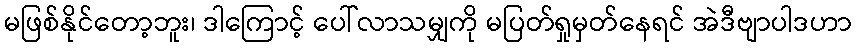
မဖြစ်နိုင်တော့ဘူး၊ ဒါကြောင့် ပေါ်လာသမျှကို မပြတ်ရှုမှတ်နေရင် အဲဒီဗျာပါဒဟာ